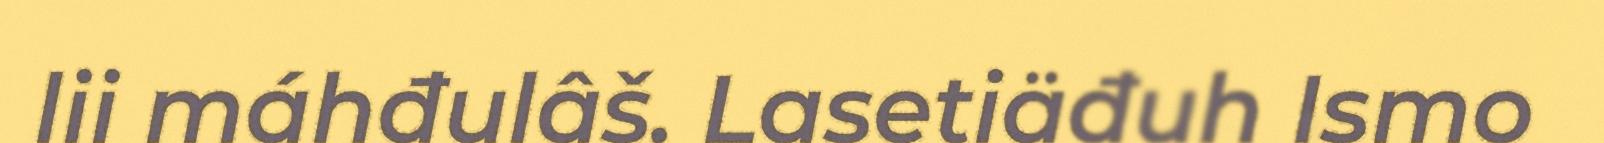
lii máhđulâš. Lasetiäđuh Ismo